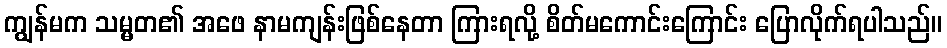
ကျွန်မက သမ္မတ၏ အဖေ နာမကျန်းဖြစ်နေတာ ကြားရလို့ စိတ်မကောင်းကြောင်း ပြောလိုက်ရပါသည်။